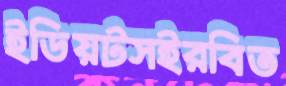
ইডিয়টসইরবিত